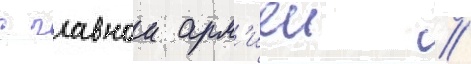
с главнои арм'иеи /